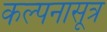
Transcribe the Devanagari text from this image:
कल्पनासूत्र